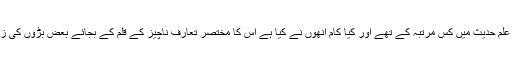
مولانا ابوسلمہ صاحب علم حدیث میں کس مرتبہ کے تھے اور کیا کام انھوں نے کیا ہے اس کا مختصر تعارف ناچیز کے قلم کے بجائے بعض بڑوں کی زبانی ملاحظہ فرمائیے۔